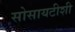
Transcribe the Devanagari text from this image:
सोसायटीशी